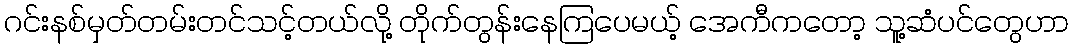
ဂင်းနစ်မှတ်တမ်းတင်သင့်တယ်လို့ တိုက်တွန်းနေကြပေမယ့် အေကီကတော့ သူ့ဆံပင်တွေဟာ